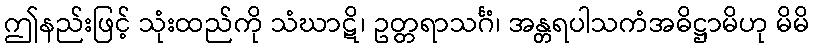
ဤနည်းဖြင့် သုံးထည်ကို သံဃာဋိ၊ ဥတ္တရာသင်္ဂံ၊ အန္တရပါသကံအဓိဋ္ဌာမိဟု မိမိ